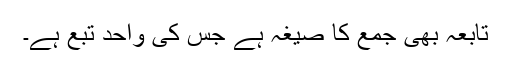
تابعہ بھی جمع کا صیغہ ہے جس کی واحد تُبَّع ہے۔